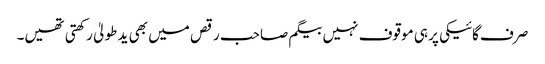
صرف گائیکی پر ہی موقوف نہیں بیگم صاحب رقص میں بھی ید طولیٰ رکھتی تھیں۔